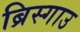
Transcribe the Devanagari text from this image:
ब्रिस्गाउ